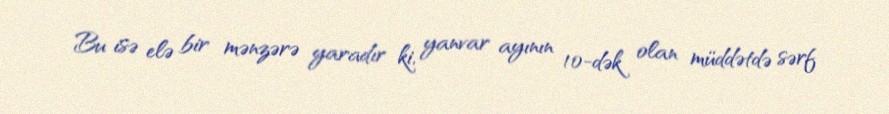
Bu isə elə bir mənzərə yaradır ki, yanvar ayının 10-dək olan müddətdə sərf